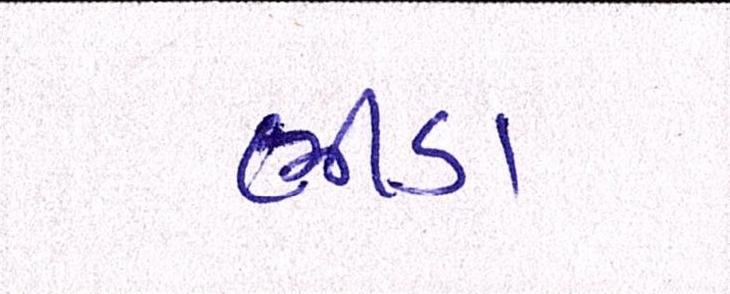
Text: ભીંડા